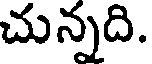
చున్నది.